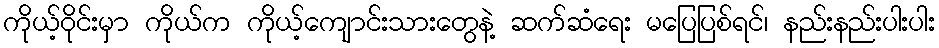
ကိုယ့်ဝိုင်းမှာ ကိုယ်က ကိုယ့်ကျောင်းသားတွေနဲ့ ဆက်ဆံရေး မပြေပြစ်ရင်၊ နည်းနည်းပါးပါး